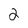
Character: 2